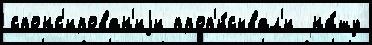
спонс'ирован'иjи проп'и́сывал'и  на́шу